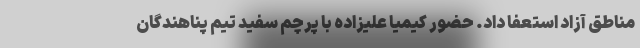
مناطق آزاد استعفا داد. حضور کیمیا علیزاده با پرچم سفید تیم پناهندگان